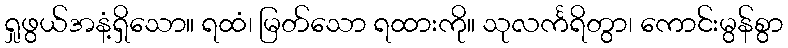
ရှုဖွယ်အနံ့ရှိသော။ ရထံ၊ မြတ်သော ရထားကို။ သုလင်္ကရိတွာ၊ ကောင်းမွန်စွာ